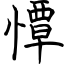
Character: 憛